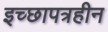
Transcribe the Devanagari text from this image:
इच्छापत्रहीन